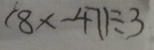
( 8 x - 4 7 ) \div 3